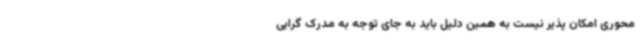
محوری امکان پذیر نیست به همین دلیل باید به جای توجه به مدرک گرایی